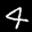
Label: 4